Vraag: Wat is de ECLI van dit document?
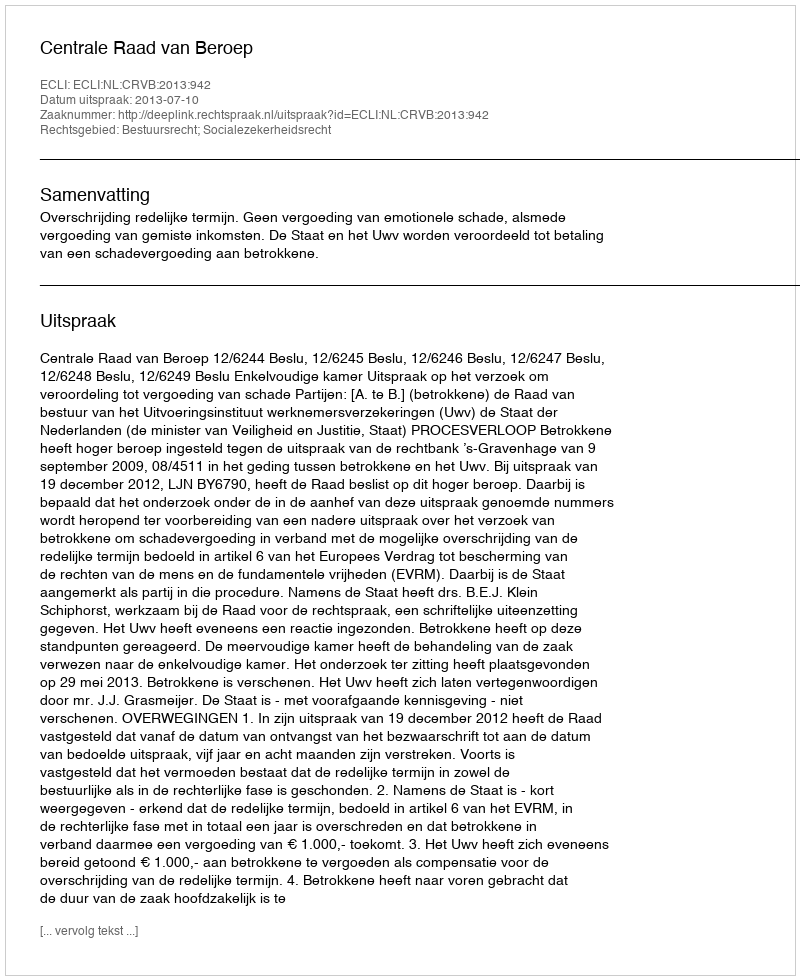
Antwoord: ECLI:NL:CRVB:2013:942